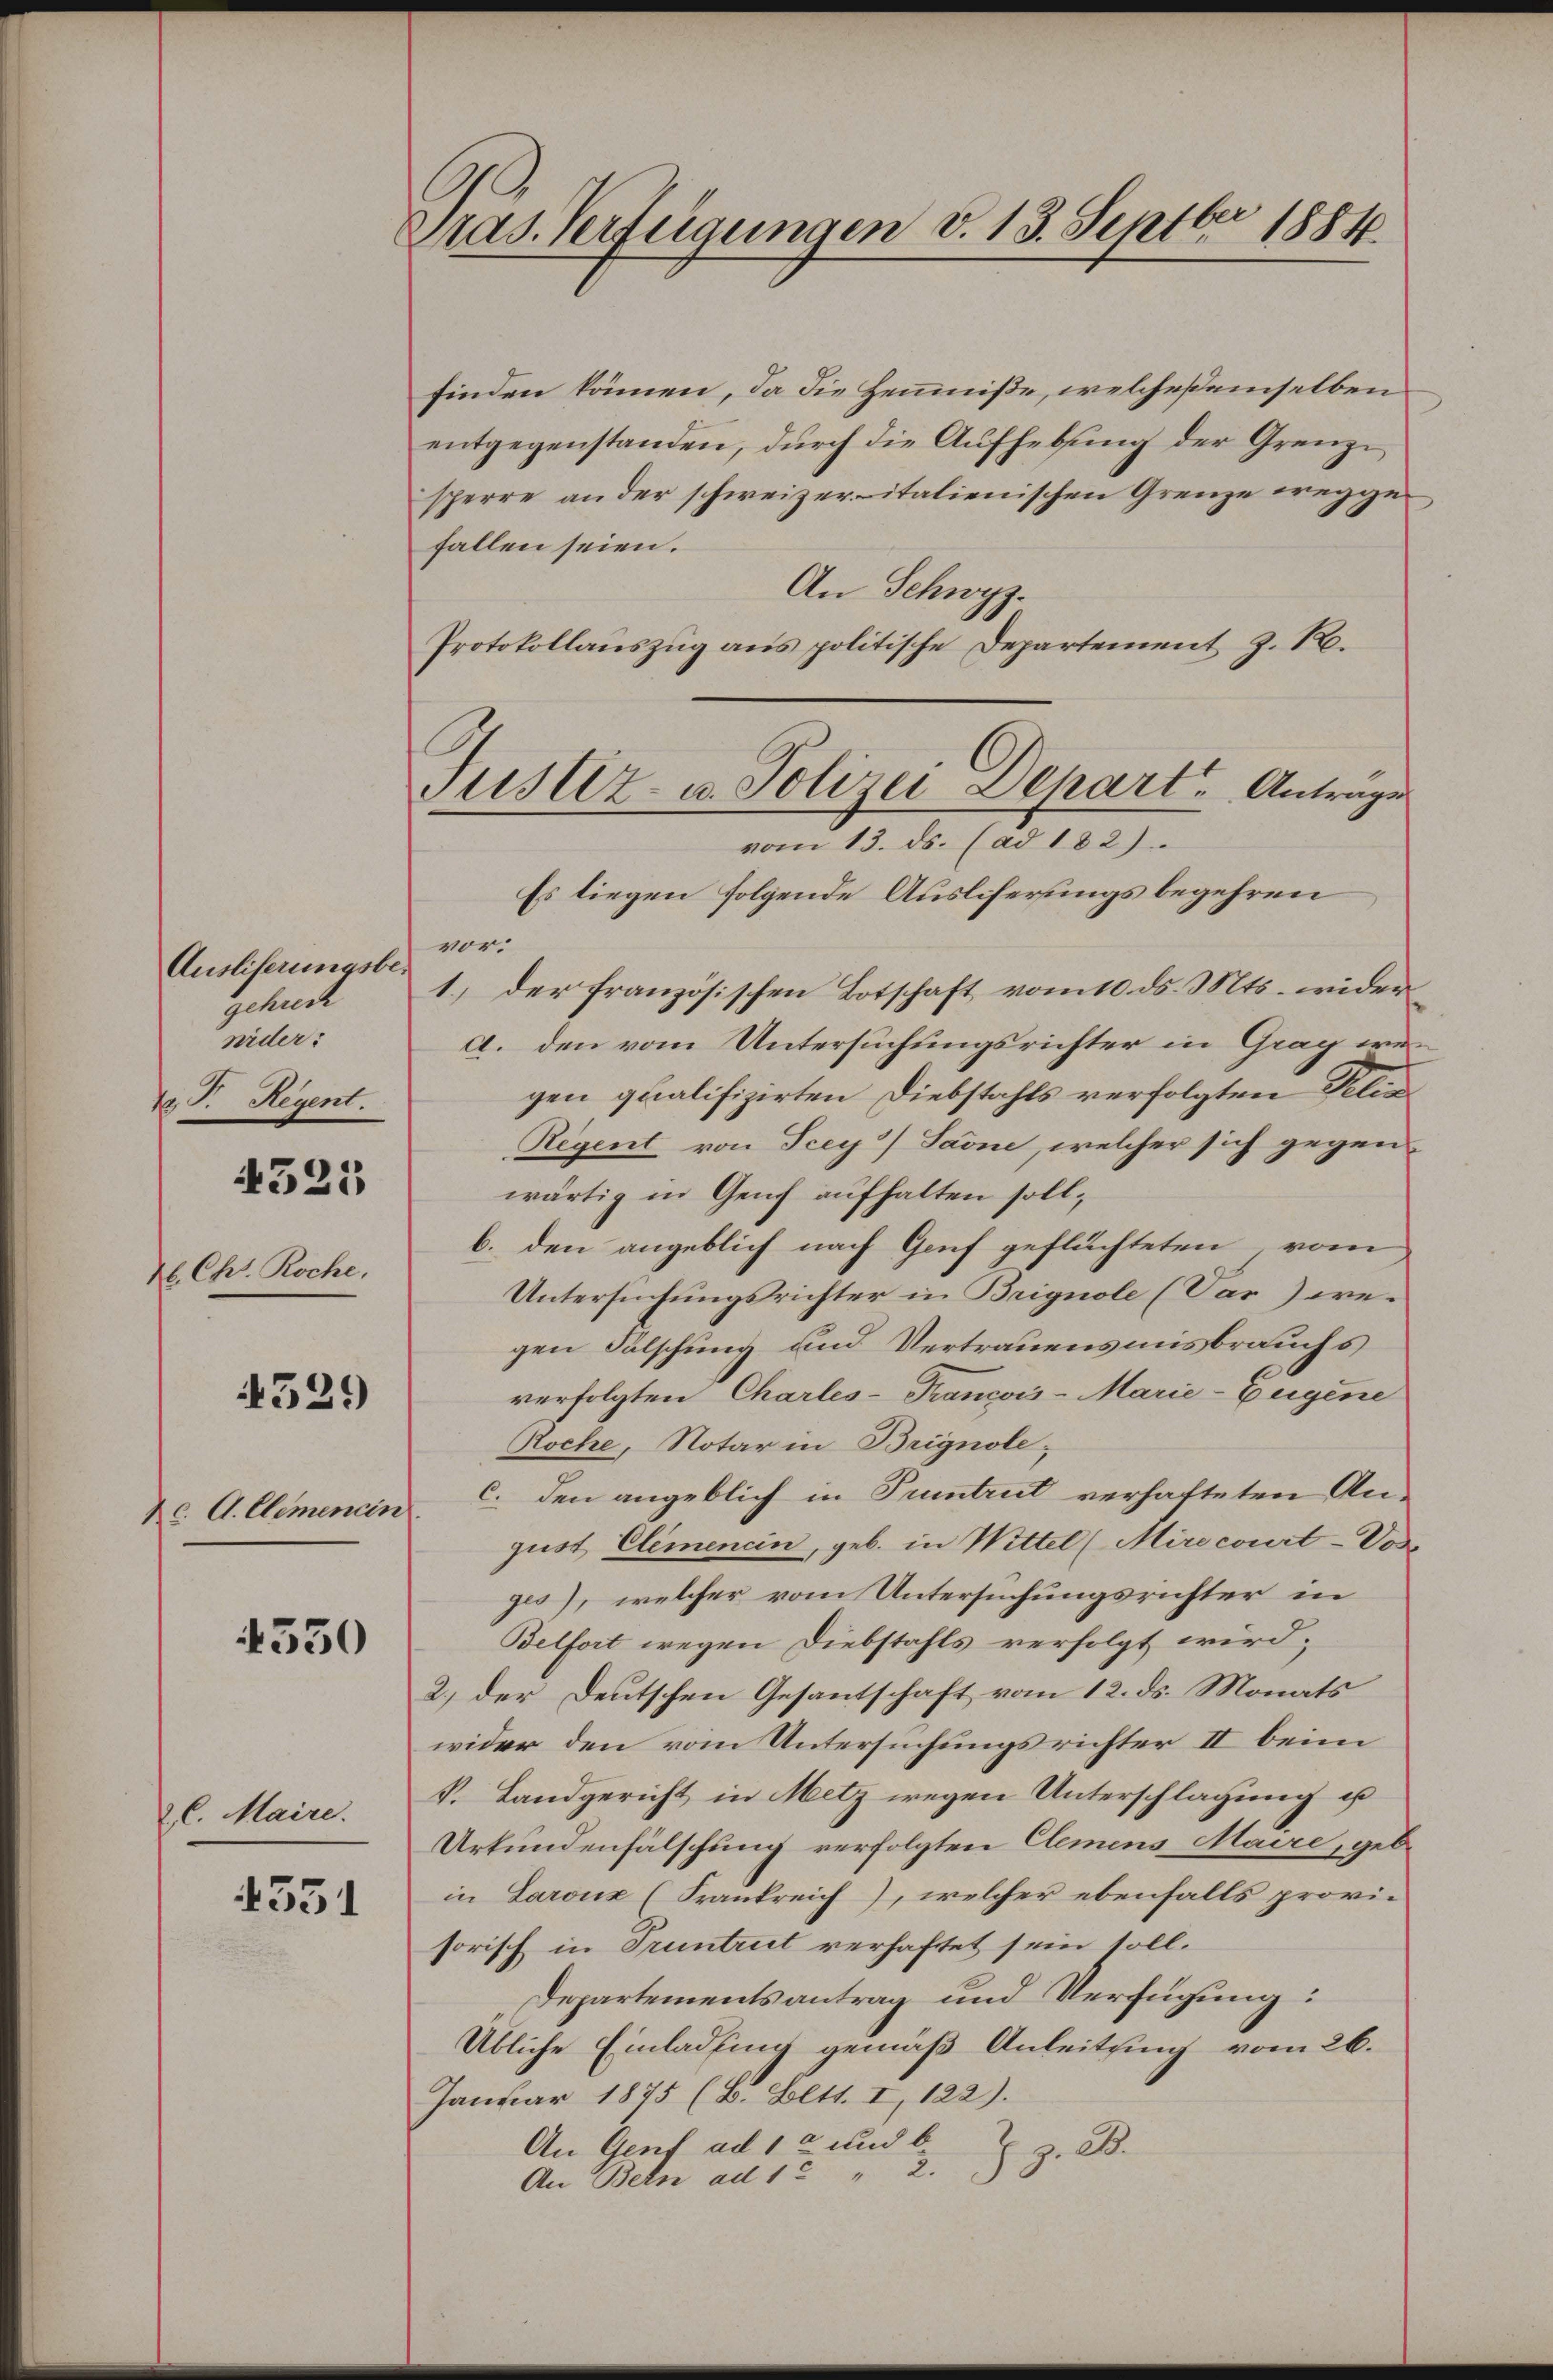
Ausliserungsbe-
Gehude
nider:
 P. Regent.

4321

2. Chr. Roche.

4529

c. A. Clemenein.

4530

2. l. Maire.

1351

Pras. Verfügungen v. 13. Septbr 1884.

finden können, da die Henniße, welcheßemselben
entgegenstanden, durch die Aufhebung der Grenze
sperre an der schweizer italienischen Grenze weggefallen seien.
An Schwyz.
Protokollauszug aus politische Departement z. R.
Es liegen folgende Ausliferungs begehren
vor:
1.) der französischen Botschaft vom 10. ds. Mts. wider
a. den vom Untersuchungsrichter in Grag wegen qualifizirten Diebstahls verfolgten Filia
Regent von Scey) Saone, welcher sich gegen
wärtig in Genf aufhalten soll,
b. den angeblich nach Genf geflüchteten, vom
Untersuchungsrichter in Brignole (Vas) wegen Falschung und Vertrauensausbrauchs
verfolgten Charles-Francois-Marie-Eugene
Roche, Notar in Brignole;
c. den angeblich in Pruntrut verhafteten An-
gust Elemenein, geb. in Wittel (Mirecourt-Vose
ges), welcher vom Untersuchungsrichter in
Belfort wegen Diebstahls verfolgt wird;
2.) der Deutschen Gesantschaft vom 12. ds. Monats
wider den vom Untersuchungsrichter II beim
k. Landgericht in Metz wegen Unterschlagung u
Urkundenfälschung verfolgten Clemens Maire, geb.
in Laroux (Frankreich), welcher ebenfalls provisorisch in Truntrut verhaftet sein soll.
Departementsantrag und Verfügung:
Übliche Einladung gemäß Anleitung vom 26.
Januar 1875 (B. Bett. I, 122).
An Genf ad 12 und b
J. z. B.
An Betn ad 1. " 2.

Justiz- u. Polizei Depart. Antrage
vom 13. ds. (ad 182).